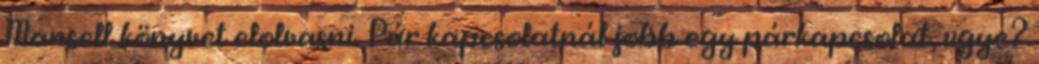
Mansell könyvet elolvasni. Pár kapcsolatnál jobb egy párkapcsolat, ugye?